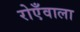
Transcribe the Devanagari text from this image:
रोएँवाला